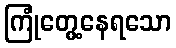
ကြုံတွေ့နေရသော